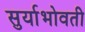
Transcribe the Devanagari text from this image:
सुर्याभोवती